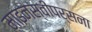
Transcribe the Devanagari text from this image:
माइनस्वीपर्सना